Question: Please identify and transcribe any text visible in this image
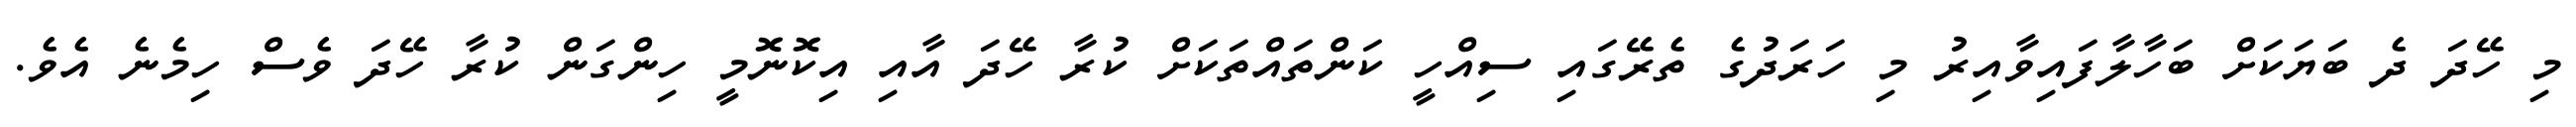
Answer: މި ހޭދަ ދެ ބަޔަކަށް ބަހާލާފައިވާއިރު މި ހަރަދުގެ ތެރޭގައި ސިއްހީ ކަންތައްތަކަށް ކުރާ ހޭދަ އާއި އިކޮނޮމީ ހިންގަން ކުރާ ހޭދަ ވެސް ހިމެނެ އެވެ.